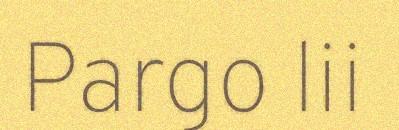
Pargo lii